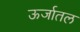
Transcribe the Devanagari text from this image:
ऊर्जातल